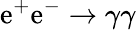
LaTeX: \mathrm{e}^{+}\mathrm{e}^{-}\to\gamma\gamma